Leaving Certificate Examination (including Day School Certificate (Higher) General paper), 1933
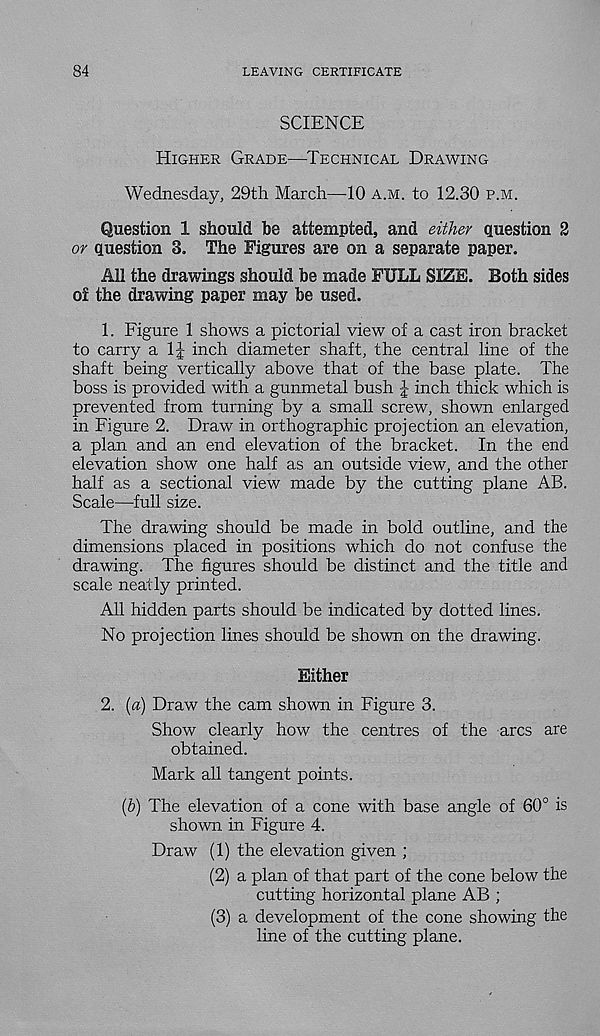
84
LEAVING CERTIFICATE
SCIENCE
Higher Grade—Technical Drawing
Wednesday, 29th March—10 a.m. to 12.30 p.m.
Question 1 should be attempted, and either question 2
or question 3. The Figures are on a separate paper.
All the drawings should be made FULL SIZE. Both sides
of the drawing paper may be used.
1. Figure 1 shows a pictorial view of a cast iron bracket
to carry a 1| inch diameter shaft, the central line of the
shaft being vertically above that of the base plate. The
boss is provided with a gunmetal bush J inch thick which is
prevented from turning by a small screw, shown enlarged
in Figure 2. Draw in orthographic projection an elevation,
a plan and an end elevation of the bracket. In the end
elevation show one half as an outside view, and the other
half as a sectional view made by the cutting plane AB.
Scale—full size.
The drawing should be made in bold outline, and the
dimensions placed in positions which do not confuse the
drawing. The figures should be distinct and the title and
scale neatly printed.
All hidden parts should be indicated by dotted lines.
No projection lines should be shown on the drawing.
Either
2. (a) Draw the cam shown in Figure 3.
Show clearly how the centres of the arcs are
obtained.
Mark all tangent points.
(&) The elevation of a cone with base angle of 60° is
shown in Figure 4.
Draw (1) the elevation given ;
(2) a plan of that part of the cone below the
cutting horizontal plane AB ;
(3) a development of the cone showing the
line of the cutting plane.